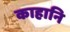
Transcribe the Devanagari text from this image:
काहानि